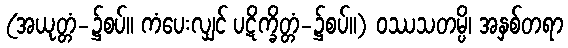
(အယုတ္တံ-၌စပ်။ ကံပေးလျှင် ပဋိက္ခိတ္တံ-၌စပ်။) ဝဿသတမ္ပိ၊ အနှစ်တရာ